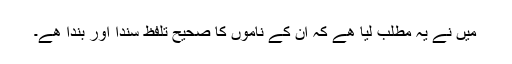
میں نے یہ مطلب لیا ھے کہ ان کے ناموں کا صحیح تلفّظ سُندَا اور بَندَا ھے۔